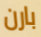
بارن